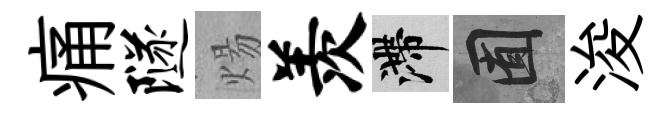
痛隧煬羡滯囿浚